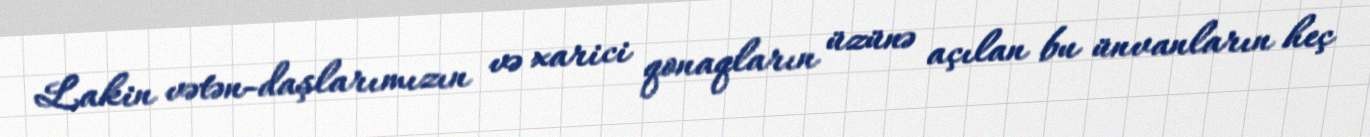
Lakin vətən­daşlarımızın və xarici qonaqların üzünə açılan bu ünvanların heç